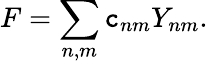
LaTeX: F=\sum_{n,m}\mathtt{c}_{nm}Y_{nm}.